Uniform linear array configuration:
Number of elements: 12
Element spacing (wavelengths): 0.25
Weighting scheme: blackman
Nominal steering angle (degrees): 15
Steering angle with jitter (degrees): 14.838
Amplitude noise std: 0.05
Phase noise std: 0.05

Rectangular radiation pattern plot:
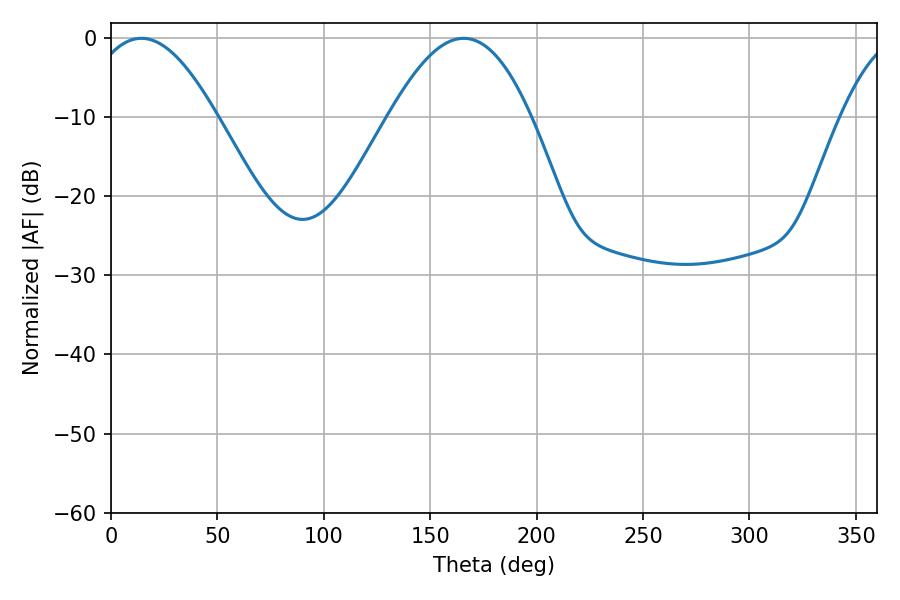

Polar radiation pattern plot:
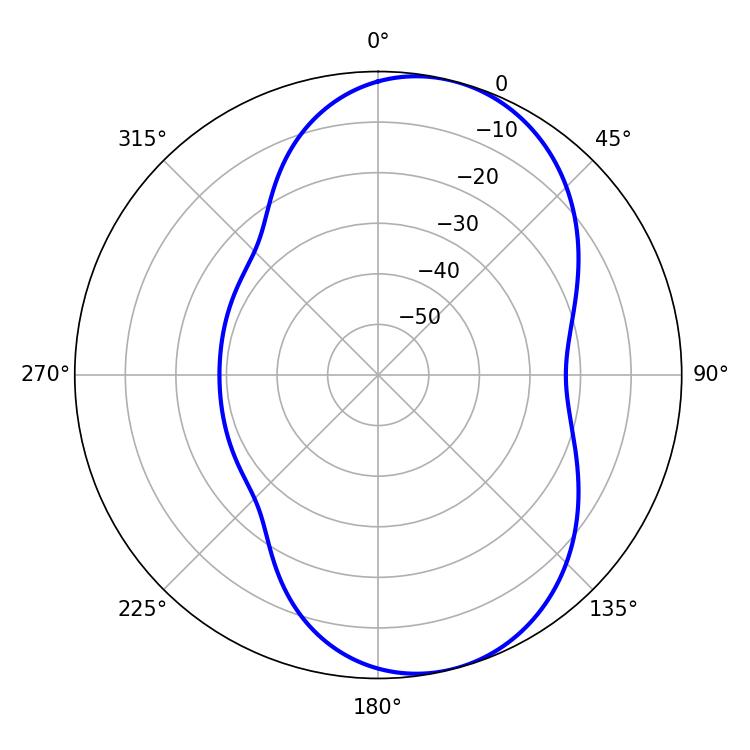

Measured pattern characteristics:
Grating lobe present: FALSE
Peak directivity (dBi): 7.46
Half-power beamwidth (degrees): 32.94
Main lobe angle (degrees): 14.22